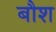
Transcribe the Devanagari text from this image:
बौश